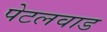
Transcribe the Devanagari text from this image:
पेटलवाड